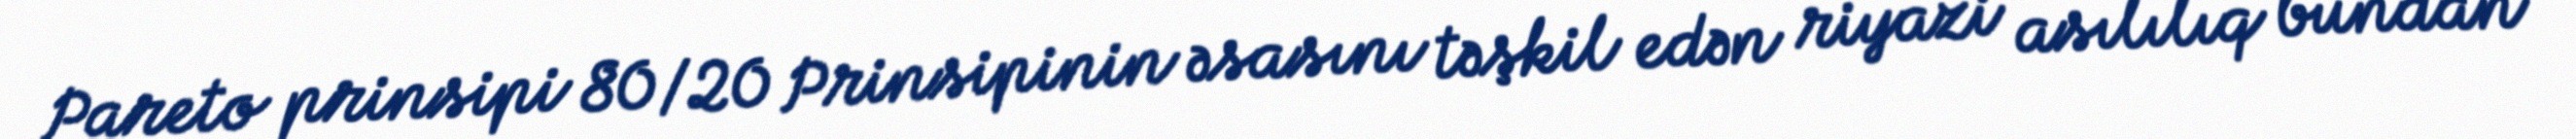
Pareto prinsipi 80/20 Prinsipinin əsasını təşkil edən riyazi asılılıq bundan